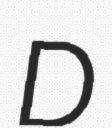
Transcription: D